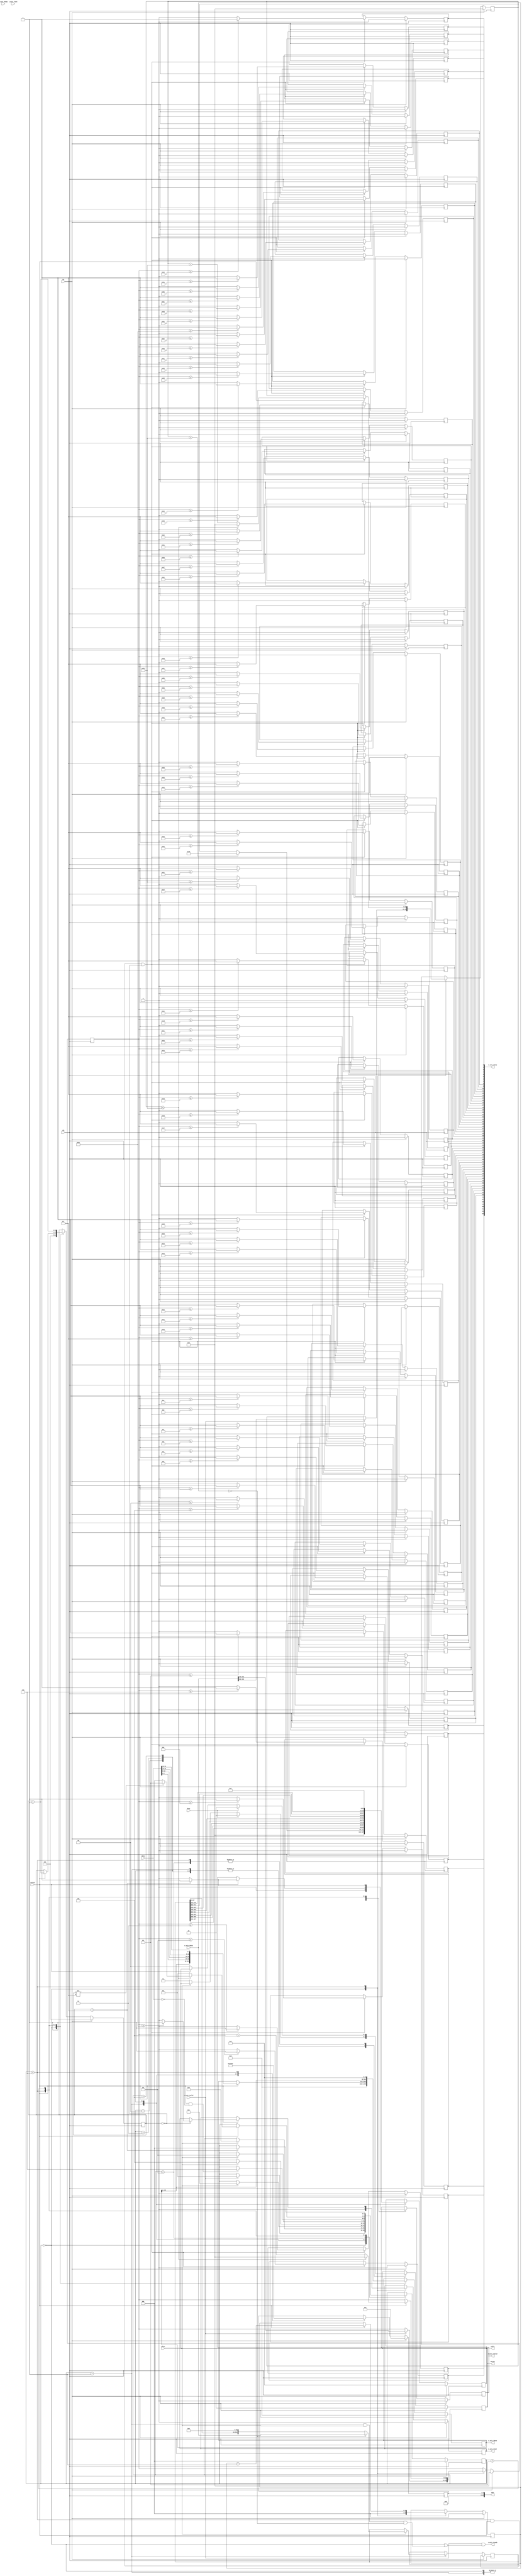
`timescale 1ps / 1ps
module xvc_controller_core (
//clk and rst
	input wire clk,
	input wire rst,
//memory map interface
	output wire [15:0] addr,
	output wire [31:0] wdata,
	output wire [1:0] opcode,
	input wire [31:0] rdata,
	input wire rvalid,
	input wire wdone,
	input wire busy,
//axi stream interfaces
	//input
	input wire [511:0] s_axis_tdata,
	input wire [63:0] s_axis_tkeep,
	input wire s_axis_tlast,
	input wire s_axis_tvalid,
	output wire s_axis_tready,
	//output
	output wire [511:0] m_axis_tdata,
	output wire [63:0] m_axis_tkeep,
	output wire m_axis_tlast,
	output wire m_axis_tvalid
);

	localparam IDLE = 3'd0;
	localparam WR_LEN = 3'd1;
	localparam WR_TMS = 3'd2;
	localparam WR_TDI = 3'd3;
	localparam WR_CTRL = 3'd4;
	localparam RD_CTRL = 3'd5;
	localparam RD_TDO = 3'd6;
	localparam PKT_FILL = 3'd7;

	localparam WAIT = 2'd0;
	localparam WRITE = 2'd1;
	localparam READ = 2'd2;

	localparam LENGTH_REG_OFFSET = 5'd0;
	localparam TMS_REG_OFFSET = 5'd4;
	localparam TDI_REG_OFFSET = 5'd8;
	localparam TDO_REG_OFFSET = 5'd12;
	localparam CONTROL_REG_OFFSET = 5'd16;

	reg [2:0] state;
	reg [2:0] wr_cnt;
	reg [3:0] rd_cnt;
	reg [4:0] addr_reg;
	reg [31:0] wdata_reg;
	reg [1:0] opcode_reg;
	reg [511:0] m_axis_tdata_reg;
	reg [63:0] m_axis_tkeep_reg;
	reg m_axis_tlast_reg;
	reg m_axis_tvalid_reg;

	reg [15:0] num_bits;
	reg [15:0] num_bytes;

	reg [511:0] network_content;

	always @(posedge clk) begin
		if (rst) begin
			state <= IDLE;
			wr_cnt <= 3'd0;
			rd_cnt <= 4'd0;
			addr_reg <= 5'd0;
			wdata_reg <= 32'd0;
			opcode_reg <= 2'd0;
			num_bits <= 16'd0;
			num_bytes <= 16'd0;
			m_axis_tdata_reg <= 512'b0;
			m_axis_tlast_reg <= 1'b0;
			m_axis_tvalid_reg <= 1'b0;
		end
		else begin
			case (state)
				IDLE: begin
					wr_cnt <= 3'd0;
					rd_cnt <= 4'd0;
					m_axis_tdata_reg <= 512'b0;
					m_axis_tlast_reg <= 1'b0;
					m_axis_tvalid_reg <= 1'b0;
					if (s_axis_tvalid) begin
						num_bits <= s_axis_tdata[511-16:512-32];
						num_bytes <= s_axis_tdata[511-48:512-64];
						state <= WR_LEN;
					end
				end
				WR_LEN: begin
					m_axis_tvalid_reg <= 1'b0;
					addr_reg <= LENGTH_REG_OFFSET;
					if (num_bits > 16'd32)
						wdata_reg <= 32'd32;
					else
						wdata_reg <= {16'd0,num_bits};
					if (busy)
						opcode_reg <= WAIT;
					else if (~wdone)
						opcode_reg <= WRITE;
					if (wdone) begin
						state <= WR_TMS;
						if (wr_cnt == 3'd0)
							network_content <= s_axis_tdata;
						else
							network_content <= {network_content[511-64:0], 64'd0};
					end
				end
				WR_TMS: begin
					addr_reg <= TMS_REG_OFFSET;
					//convert endianess
					wdata_reg <= {network_content[511-24:512-32],network_content[511-16:512-24],network_content[511-8:512-16],network_content[511:512-8]};
					if (busy)
						opcode_reg <= WAIT;
					else if (~wdone)
						opcode_reg <= WRITE;
					if (wdone)
						state <= WR_TDI;
				end
				WR_TDI: begin
					addr_reg <= TDI_REG_OFFSET;
					//convert endianess
					wdata_reg <= {network_content[511-56:512-64],network_content[511-48:512-56],network_content[511-40:512-48],network_content[511-32:512-40]};
					if (busy)
						opcode_reg <= WAIT;
					else if (~wdone)
						opcode_reg <= WRITE;
					if (wdone)
						state <= WR_CTRL;
				end
				WR_CTRL: begin
					addr_reg <= CONTROL_REG_OFFSET;
					wdata_reg <= 32'd1;
					if (busy)
						opcode_reg <= WAIT;
					else if (~wdone)
						opcode_reg <= WRITE;
					if (wdone)
						state <= RD_CTRL;
				end
				RD_CTRL: begin
					if (busy)
						opcode_reg <= WAIT;
					else if (~rvalid)
						opcode_reg <= READ;
					if (rvalid && rdata == 32'd0)
						state <= RD_TDO;
				end
				RD_TDO: begin
					addr_reg <= TDO_REG_OFFSET;
					if (busy)
						opcode_reg <= WAIT;
					else if (~rvalid)
						opcode_reg <= READ;
					if (rvalid) begin
						wr_cnt <= wr_cnt + 1'b1;
						rd_cnt <= rd_cnt + 1'b1;
						//convert endianess
						m_axis_tdata_reg <= {m_axis_tdata_reg[511-32:0],rdata[7:0],rdata[15:8],rdata[23:16],rdata[31:24]};
						if (rd_cnt == 4'd0) m_axis_tlast_reg <= (num_bytes <= 16'd64) ? 1'b1 : 1'b0;
						m_axis_tvalid_reg <= rd_cnt == 4'd15 ? 1'b1 : 1'b0;

						if (num_bits <= 16'd32) begin
							num_bits <= 16'd0;
							num_bytes <= 16'd0;
							if (rd_cnt != 4'd15)
								state <= PKT_FILL;
							else
								state <= IDLE;
						end
						else begin
							num_bits <= num_bits - 16'd32;
							num_bytes <= num_bytes - 16'd4;
							state <= WR_LEN;
						end
					end
				end
				PKT_FILL: begin
					rd_cnt <= rd_cnt + 1'b1;
					m_axis_tdata_reg <= {m_axis_tdata_reg[511-32:0],32'd0};
					m_axis_tvalid_reg <= rd_cnt == 4'd15 ? 1'b1 : 1'b0;
					if (rd_cnt == 4'd15) state <= IDLE;
				end
			endcase
		end
	end

	genvar i;
	for (i = 0; i < 64; i = i + 1) begin
		always @(posedge clk) begin
			if (rst)
				m_axis_tkeep_reg[i] <= 1'b0;
			else if (state == RD_TDO && rvalid && rd_cnt == 4'd0)
				m_axis_tkeep_reg[i] <= (num_bytes >= (64-i)) ? 1'b1 : 1'b0;
		end
	end

	assign s_axis_tready = s_axis_tvalid && (state == IDLE || (state == WR_LEN && wdone && wr_cnt == 3'd0));
	assign m_axis_tdata = m_axis_tdata_reg;
	assign m_axis_tkeep = m_axis_tkeep_reg;
	assign m_axis_tlast = m_axis_tlast_reg;
	assign m_axis_tvalid = m_axis_tvalid_reg;
	assign addr = addr_reg;
	assign wdata = wdata_reg;
	assign opcode = opcode_reg;

endmodule